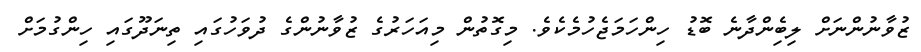
ޒުވާނުންނަށް ލިބިެންދާނެ ބޮޑު ހިންހަމަޖެހުމެކެވެ. މިގޮތުން މިއަހަރުގެ ޒުވާނުންގެ ދުވަހުގައި ތިނަދޫގައި ހިންގުމަށް